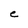
Character: e